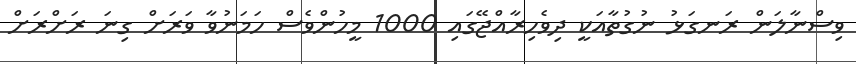
ވިސްނާލަން ރަނގަޅު ނުގުތާއަކީ ދިވެހިރާއްޖޭގައި 1000 މީހުންވެސް ހަމަނުވާ ވަރަށް ގިނަ ރަށްރަށް